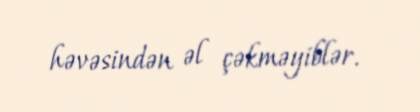
həvəsindən əl çəkməyiblər.